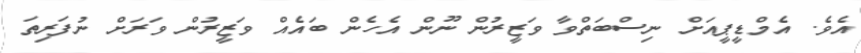
އެވެ. އެމްޑީޕީއަށް ނިސްބަތްވާ ވަޒީރުން ނޫން އެހެން ބައެއް ވަޒީރުން ވަރަށް ނުފަރިތަ